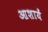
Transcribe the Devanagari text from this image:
आशायें